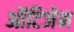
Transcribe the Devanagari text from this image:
ऑटिजेन